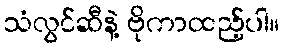
သံလွင်ဆီနဲ့ ဗိုကာထည့်ပါ။